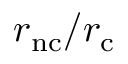
r _ { \mathrm { n c } } / r _ { \mathrm { c } }